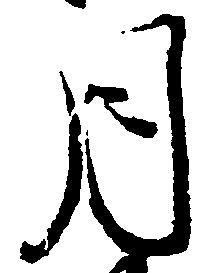
月